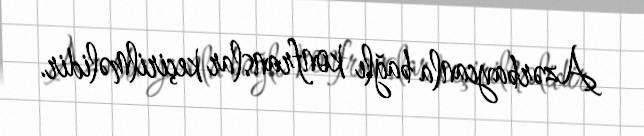
Azərbaycanla bağlı konfranslar keçirilməlidir.